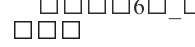
١٠٤